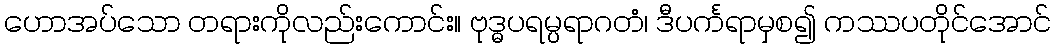
ဟောအပ်သော တရားကိုလည်းကောင်း။ ဗုဒ္ဓပရမ္ပရာဂတံ၊ ဒီပင်္ကရာမှစ၍ ကဿပတိုင်အောင်